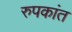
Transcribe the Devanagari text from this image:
रुपकांत